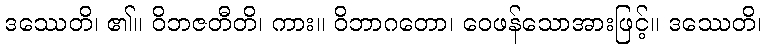
ဒဿေတိ၊ ၏။ ဝိဘဇတီတိ၊ ကား။ ဝိဘာဂတော၊ ဝေဖန်သောအားဖြင့်။ ဒဿေတိ၊